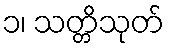
၁၊ သတ္တိသုတ်